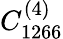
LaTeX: C_{1266}^{(4)}